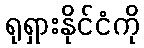
ရုရှားနိုင်ငံကို